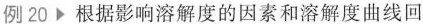
例20 根据影响溶解度的因素和溶解度曲线回